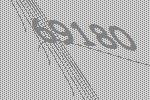
69180